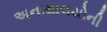
અનાથાલયોની